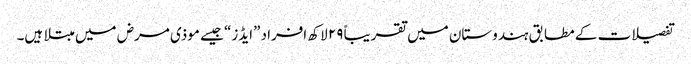
تفصیلات کے مطابق ہندوستان میں تقریباً ۲۹ لاکھ افراد ”ایڈز“ جیسے موذی مرض میں مبتلا ہیں۔